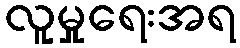
လူမှုရေးအရ